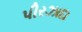
પીરઝાદા